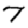
Digit: 7